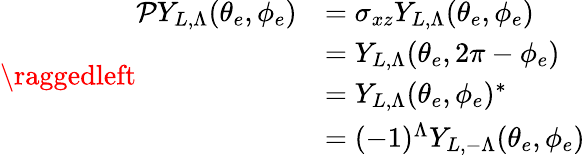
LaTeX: \raggedleft\begin{array}{rl}{\mathcal{P}Y_{L,\Lambda}(\theta_{e},\phi_{e})}&{=\sigma_{xz}Y_{L,\Lambda}(\theta_{e},\phi_{e})}\\ &{=Y_{L,\Lambda}(\theta_{e},2\pi-\phi_{e})}\\ &{=Y_{L,\Lambda}(\theta_{e},\phi_{e})^{*}}\\ &{=(-1)^{\Lambda}Y_{L,-\Lambda}(\theta_{e},\phi_{e})}\end{array}